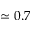
\simeq 0 . 7